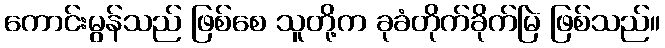
ကောင်းမွန်သည် ဖြစ်စေ သူတို့က ခုခံတိုက်ခိုက်မြဲ ဖြစ်သည်။